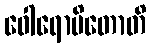
ဝေါရောပိတောတိ